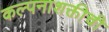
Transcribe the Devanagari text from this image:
कल्पनाशक्तीची